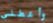
وأعطني